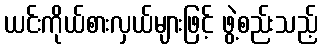
ယင်းကိုယ်စားလှယ်များဖြင့် ဖွဲ့စည်းသည့်